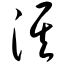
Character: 淇